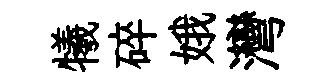
犧碎娥灣